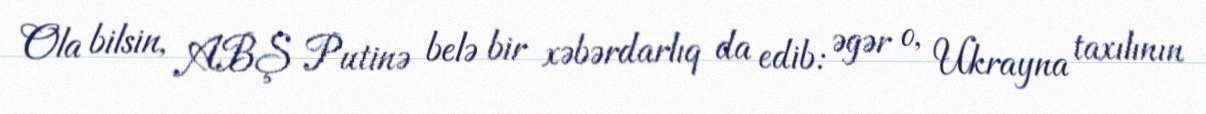
Ola bilsin, ABŞ Putinə belə bir xəbərdarlıq da edib: əgər o, Ukrayna taxılının